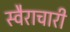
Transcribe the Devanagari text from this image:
स्वैराचारी